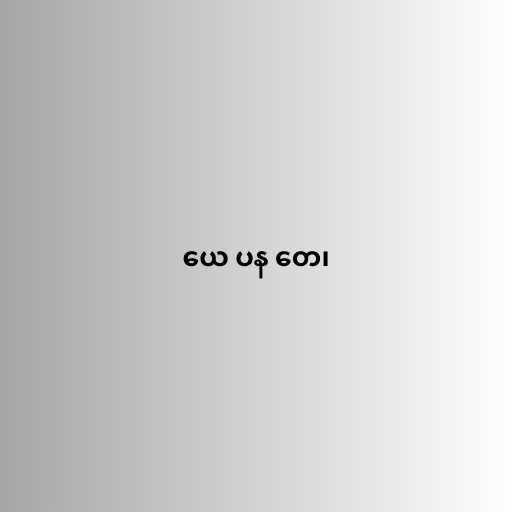
ယေ ပန တေ၊